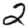
Digit: 2